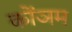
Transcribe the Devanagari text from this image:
कोंञम